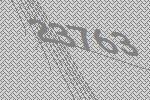
23763